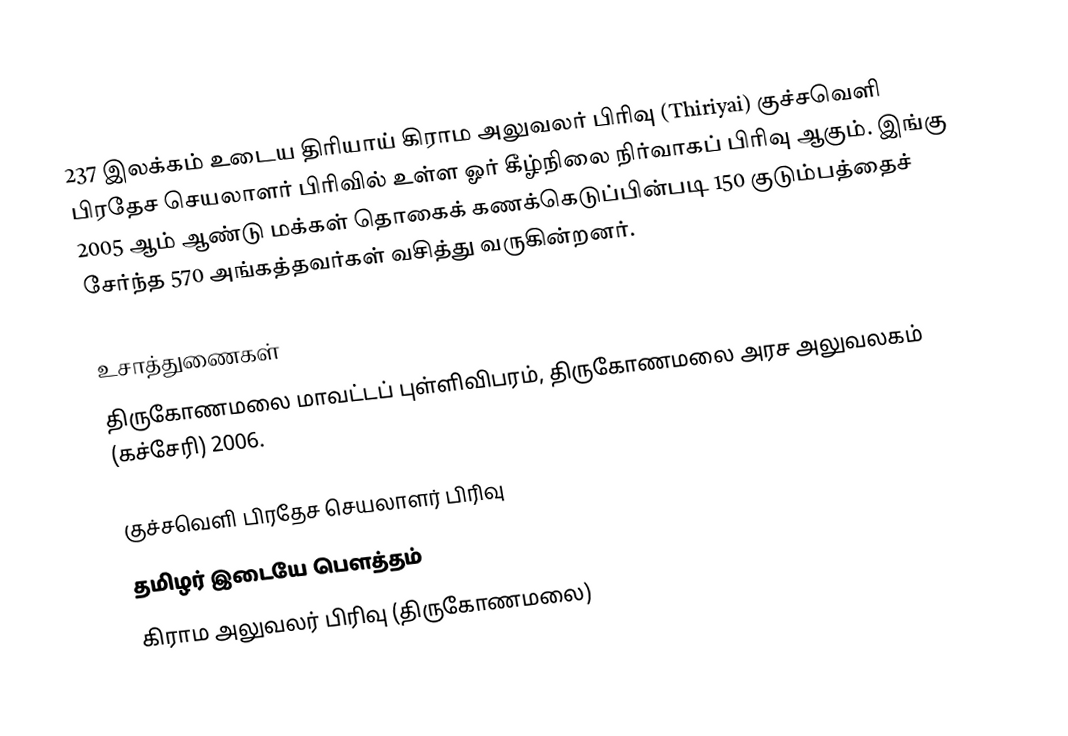
237 இலக்கம்  உடைய திரியாய் கிராம அலுவலர் பிரிவு (Thiriyai) குச்சவெளி பிரதேச செயலாளர் பிரிவில் உள்ள ஓர் கீழ்நிலை நிர்வாகப் பிரிவு ஆகும். இங்கு 2005 ஆம் ஆண்டு மக்கள் தொகைக் கணக்கெடுப்பின்படி 150 குடும்பத்தைச் சேர்ந்த 570 அங்கத்தவர்கள் வசித்து வருகின்றனர்.

உசாத்துணைகள்
திருகோணமலை மாவட்டப் புள்ளிவிபரம்,  திருகோணமலை அரச அலுவலகம் (கச்சேரி) 2006.

குச்சவெளி பிரதேச செயலாளர் பிரிவு
தமிழர் இடையே பௌத்தம்
கிராம அலுவலர் பிரிவு (திருகோணமலை)